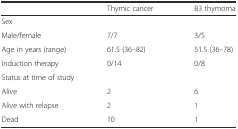
<table><thead><tr><td></td><td><b>Thymic cancer</b></td><td><b>B3 thymoma</b></td></tr></thead><tbody><tr><td colspan="3">Sex</td></tr><tr><td>Male/female</td><td>7/7</td><td>3/5</td></tr><tr><td>Age in years (range)</td><td>61.5 (36–82)</td><td>51.5 (36–78)</td></tr><tr><td>Induction therapy</td><td>0/14</td><td>0/8</td></tr><tr><td colspan="3">Status at time of study</td></tr><tr><td>Alive</td><td>2</td><td>6</td></tr><tr><td>Alive with relapse</td><td>2</td><td>1</td></tr><tr><td>Dead</td><td>10</td><td>1</td></tr></tbody></table>